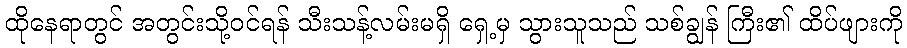
ထိုနေရာတွင် အတွင်းသို့ဝင်ရန် သီးသန့်လမ်းမရှိ ရှေ့မှ သွားသူသည် သစ်ချွန် ကြီး၏ ထိပ်ဖျားကို